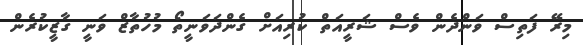
މިރޭ ފަތިސް ވަންދެން ވެސް ޝަރީއަތް ކުރިއަށް ގެންދަވަނީތޯ މުހުތާޒް ވަނީ ގާޒީކުރެން